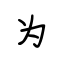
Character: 为